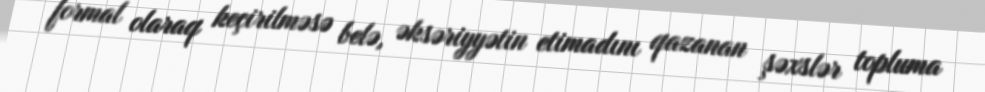
formal olaraq keçirilməsə belə, əksəriyyətin etimadını qazanan şəxslər topluma